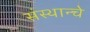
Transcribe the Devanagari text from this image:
संस्थान्चे